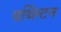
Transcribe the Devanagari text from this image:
वर्थिंग्टन